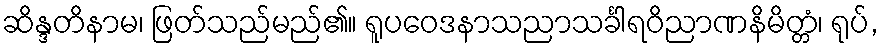
ဆိန္ဒတိနာမ၊ ဖြတ်သည်မည်၏။ ရူပဝေဒနာသညာသင်္ခါရဝိညာဏနိမိတ္တံ၊ ရုပ်,